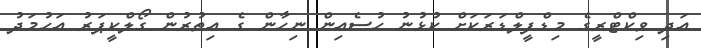
އަދި ވިކްޓްރީގެ މިޑްފީލްޑަރަކަށް ކުޅުނު ހުސެއިން ނިހާން ގެ އިތުރުން ގޯލްކީޕަރު އަހުމަދު